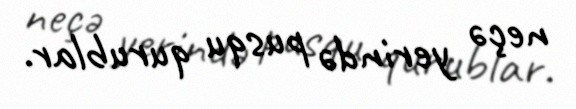
neçə yerində pusqu qurublar.